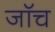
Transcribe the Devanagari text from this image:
जाॅच